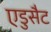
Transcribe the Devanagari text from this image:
एडुसैट